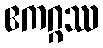
ဧကဂ္ဂဿ